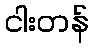
ငါးတန်